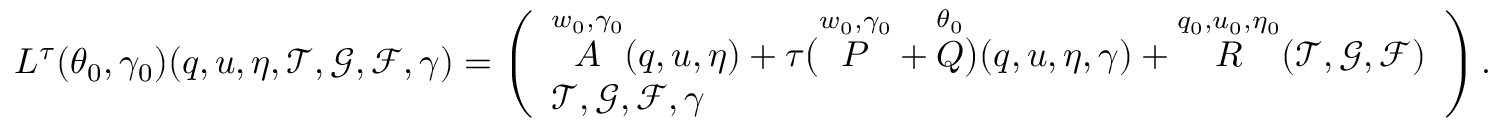
L ^ { \tau } ( \theta _ { 0 } , \gamma _ { 0 } ) ( q , u , \eta , \mathcal { T } , \mathcal { G } , \mathcal { F } , \gamma ) = \left( \begin{array} { l } { \overset { w _ { 0 } , \gamma _ { 0 } } { A } ( q , u , \eta ) + \tau \big ( \overset { w _ { 0 } , \gamma _ { 0 } } { P } + \overset { \theta _ { 0 } } { Q } \big ) ( q , u , \eta , \gamma ) + \overset { q _ { 0 } , u _ { 0 } , \eta _ { 0 } } { R } ( \mathcal { T } , \mathcal { G } , \mathcal { F } ) } \\ { \mathcal { T } , \mathcal { G } , \mathcal { F } , \gamma } \end{array} \right) .